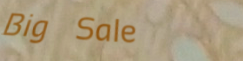
Big Sale